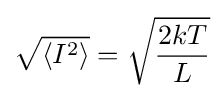
{\sqrt {\langle I^{2}\rangle }}={\sqrt {\frac {2kT}{L}}}